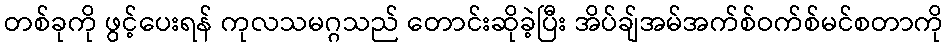
တစ်ခုကို ဖွင့်ပေးရန် ကုလသမဂ္ဂသည် တောင်းဆိုခဲ့ပြီး အိပ်ချ်အမ်အက်စ်ဝက်စ်မင်စတာကို